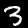
Digit: 3